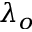
\lambda _ { o }